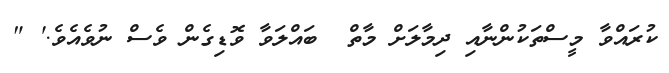
ކުރައްވާ މީސްތަކުންނާއި ދިމާލަށް މާތް  ބައްލަވާ ވޮޑިގެން ވެސް ނުވެއެވެ.' "